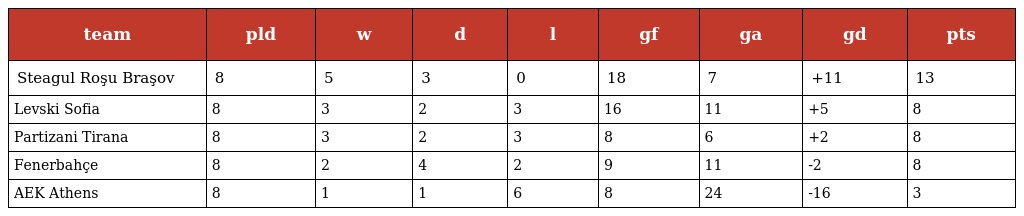
| team | pld | w | d | l | gf | ga | gd | pts |
 | --- | --- | --- | --- | --- | --- | --- | --- | --- |
 | Steagul Roşu Braşov | 8 | 5 | 3 | 0 | 18 | 7 | +11 | 13 |
 | Levski Sofia | 8 | 3 | 2 | 3 | 16 | 11 | +5 | 8 |
 | Partizani Tirana | 8 | 3 | 2 | 3 | 8 | 6 | +2 | 8 |
 | Fenerbahçe | 8 | 2 | 4 | 2 | 9 | 11 | -2 | 8 |
 | AEK Athens | 8 | 1 | 1 | 6 | 8 | 24 | -16 | 3 |